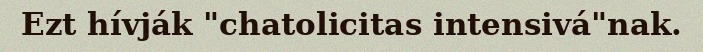
Ezt hívják "chatolicitas intensivá"nak.